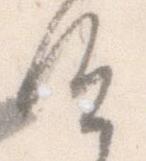
候